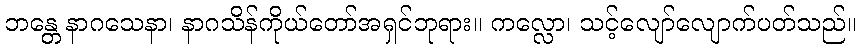
ဘန္တေ နာဂသေနာ၊ နာဂသိန်ကိုယ်တော်အရှင်ဘုရား။ ကလ္လော၊ သင့်လျော်လျောက်ပတ်သည်။